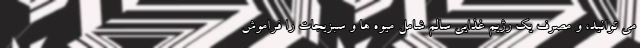
می توانید، و مصرف یک رژیم غذایی سالم شامل میوه ها و سبزیجات را فراموش